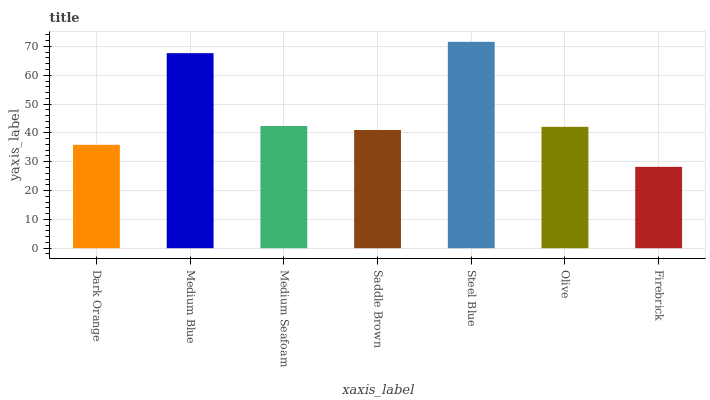
| xaxis_label | bars |
 | --- | --- |
 | Dark Orange | 35.9 |
 | Medium Blue | 67.7 |
 | Medium Seafoam | 42.4 |
 | Saddle Brown | 41 |
 | Steel Blue | 71.6 |
 | Olive | 42.1 |
 | Firebrick | 28.2 |